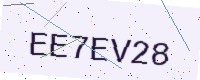
Text: EE7EV28